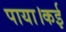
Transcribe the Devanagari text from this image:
पाया।कई